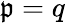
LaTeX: \mathfrak{p}=q